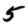
Digit: 5